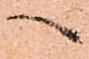
へ